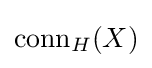
{\text{conn}}_{H}(X)